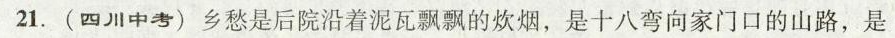
21.(四川中考)乡愁是后院沿着泥瓦飘飘的炊烟，是十八弯向家门口的山路，是